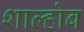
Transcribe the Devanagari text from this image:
शाल्होब